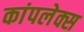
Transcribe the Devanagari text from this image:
कांपलेक्स